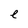
Character: e